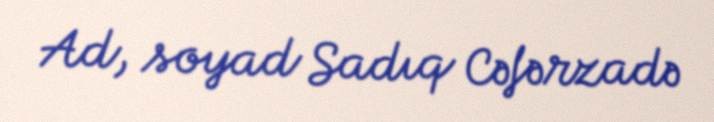
Ad, soyad Sadıq Cəfərzadə